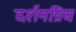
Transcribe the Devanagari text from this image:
दर्शनप्रिय